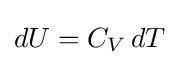
dU=C_{V}\,dT